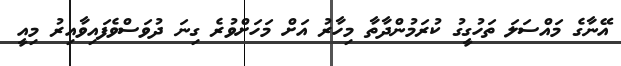
އޭނާގެ މައްސަލަ ތަހުގީގު ކުރަމުންދާތާ މިހާރު އަށް މަހަށްވުރެ ގިނަ ދުވަސްވެފައިވާއިރު މިއީ